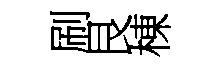
刷艮棟